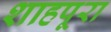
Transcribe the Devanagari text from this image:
शाहपूरा